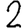
Digit: 2